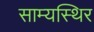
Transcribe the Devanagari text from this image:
साम्यस्थिर